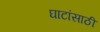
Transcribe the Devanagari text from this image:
घाटांसाठी